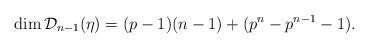
LaTeX: \begin{align*}\dim\mathcal{D}_{n-1}(\eta)= (p-1)(n-1)+(p^n-p^{n-1}-1).\end{align*}